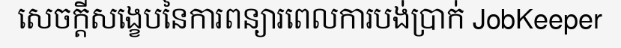
សេចក្តីសង្ខេបនៃការពន្យារពេលការបង់ប្រាក់ JobKeeper